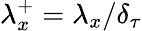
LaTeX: \lambda_{x}^{+}=\lambda_{x}/\delta_{\tau}